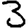
Digit: 3